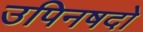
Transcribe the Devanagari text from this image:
उपिनषदो